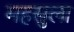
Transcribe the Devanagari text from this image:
महसुला